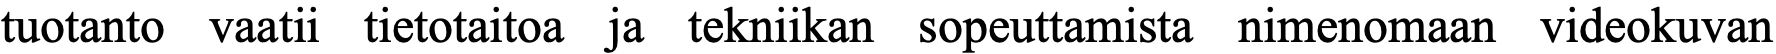
tuotanto vaatii tietotaitoa ja tekniikan sopeuttamista nimenomaan videokuvan